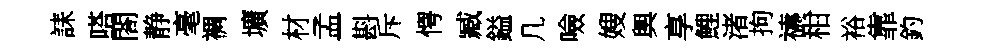
誄嗒閤静毫裯壙材孟斟斥愕臧鎰几噞嫂輿享鯉渚拘禱柑裕靠釣